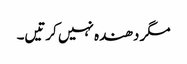
مگر دھندہ نہیں کرتیں۔